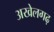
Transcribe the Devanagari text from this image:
अखेलगढ़